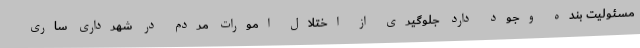
مسئولیت بنده وجود دارد جلوگیری از اختلال امورات مردم در شهرداری ساری